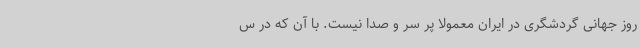
روز جهانی گردشگری در ایران معمولا پر سر و صدا نیست. با آن که در س